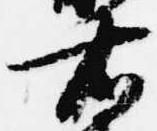
右